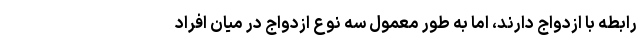
رابطه با ازدواج دارند، اما به طور معمول سه نوع ازدواج در میان افراد